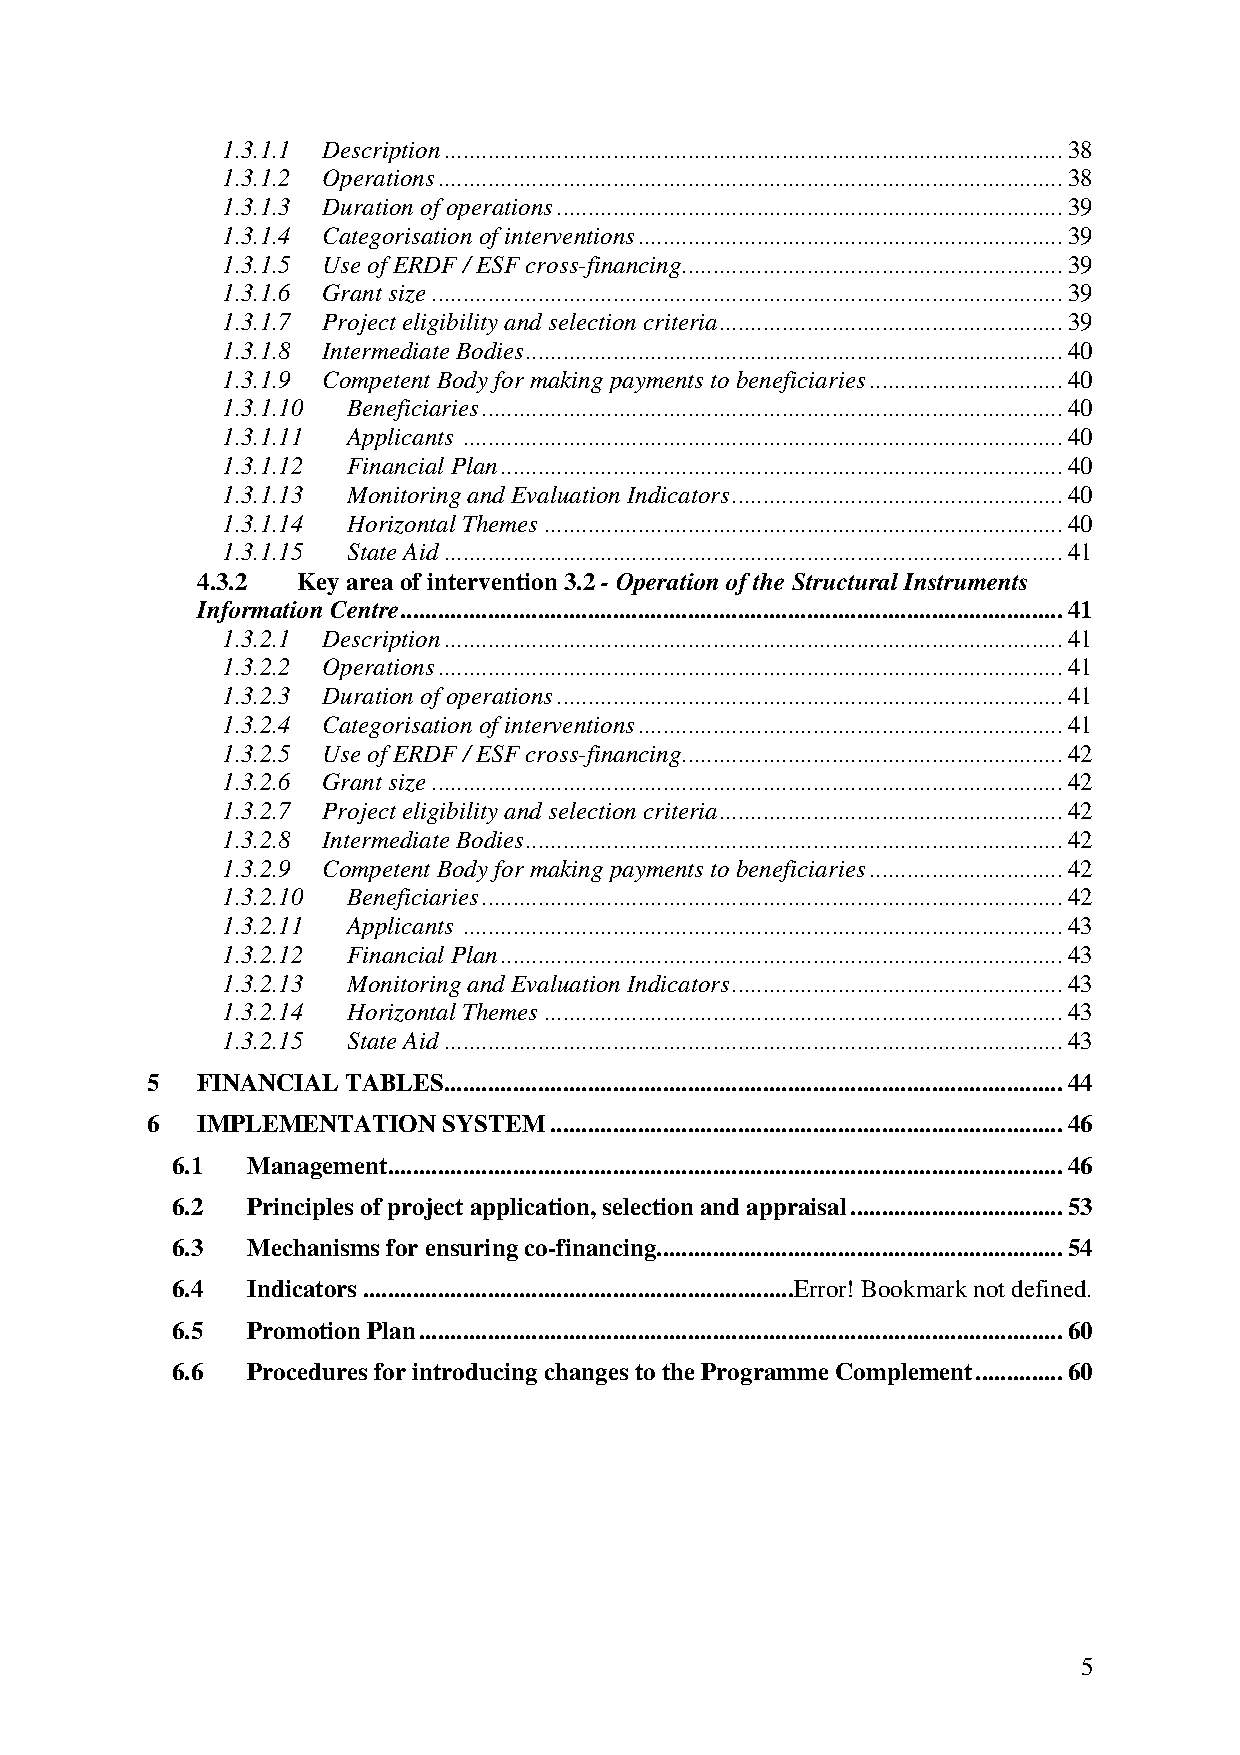
1.3.1.1 Description...................................................................................................38
 1.3.1.2 Operations....................................................................................................38
 1.3.1.3 Duration of operations.................................................................................39
 1.3.1.4 Categorisation of interventions....................................................................39
 1.3.1.5 Use of ERDF / ESF cross-financing.............................................................39
 1.3.1.6 Grant size.....................................................................................................39
 1.3.1.7 Project eligibility and selection criteria.......................................................39
 1.3.1.8 Intermediate Bodies......................................................................................40
 1.3.1.9 Competent Body for making payments to beneficiaries...............................40
 1.3.1.10 Beneficiaries.............................................................................................40
 1.3.1.11 Applicants ................................................................................................40
 1.3.1.12 Financial Plan..........................................................................................40
 1.3.1.13 Monitoring and Evaluation Indicators.....................................................40
 1.3.1.14 Horizontal Themes...................................................................................40
 1.3.1.15 State Aid...................................................................................................41
 4.3.2  Key area of intervention 3.2 - Operation of the Structural Instruments
 Information Centre..........................................................................................................41
 1.3.2.1 Description...................................................................................................41
 1.3.2.2 Operations....................................................................................................41
 1.3.2.3 Duration of operations.................................................................................41
 1.3.2.4 Categorisation of interventions....................................................................41
 1.3.2.5 Use of ERDF / ESF cross-financing.............................................................42
 1.3.2.6 Grant size.....................................................................................................42
 1.3.2.7 Project eligibility and selection criteria.......................................................42
 1.3.2.8 Intermediate Bodies......................................................................................42
 1.3.2.9 Competent Body for making payments to beneficiaries...............................42
 1.3.2.10 Beneficiaries.............................................................................................42
 1.3.2.11 Applicants ................................................................................................43
 1.3.2.12 Financial Plan..........................................................................................43
 1.3.2.13 Monitoring and Evaluation Indicators.....................................................43
 1.3.2.14 Horizontal Themes...................................................................................43
 1.3.2.15 State Aid...................................................................................................43
 5  FINANCIAL TABLES...................................................................................................44
 6  IMPLEMENTATION  SYSTEM..................................................................................46
 6.1  Management............................................................................................................46
 6.2  Principles of project application, selection and appraisal..................................53
 6.3  Mechanisms for ensuring co-financing.................................................................54
 6.4  Indicators.....................................................................Error! Bookmark not defined.
 6.5  Promotion Plan.......................................................................................................60
 6.6  Procedures for introducing changes to the Programme Complement..............60
 5